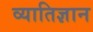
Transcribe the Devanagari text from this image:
व्यातिज्ञान